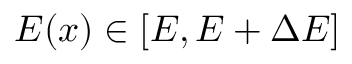
E ( x ) \in [ E , E + \Delta E ]